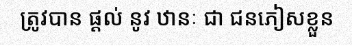
ត្រូវបាន ផ្តល់ នូវ ឋានៈ ជា ជនភៀសខ្លួន